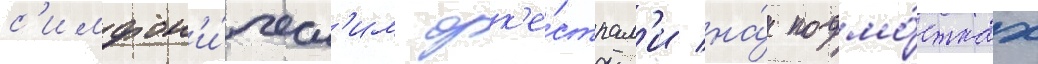
с'имфон'и́ческ'им орк'е́страм'и на́ подмо́стках